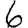
Digit: 6